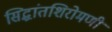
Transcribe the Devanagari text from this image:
सिद्धांतशिरोमणी